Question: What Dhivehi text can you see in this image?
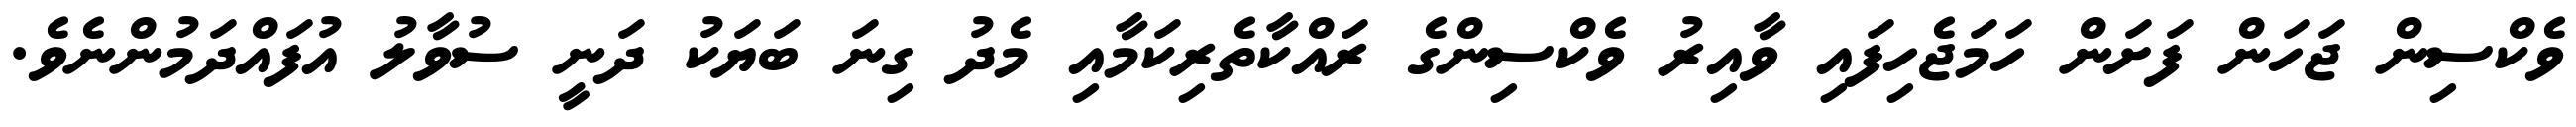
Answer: ވެކްސިން ޖަހަން ފަށަން ހަމަޖެހިފައި ވާއިރު ވެކްސިންގެ ރައްކާތެރިކަމާއި މެދު ގިނަ ބަޔަކު ދަނީ ސުވާލު އުފައްދަމުންނެވެ.